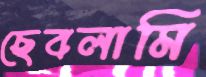
ছেবলামি